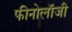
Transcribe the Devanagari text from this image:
फीनोलॉजी